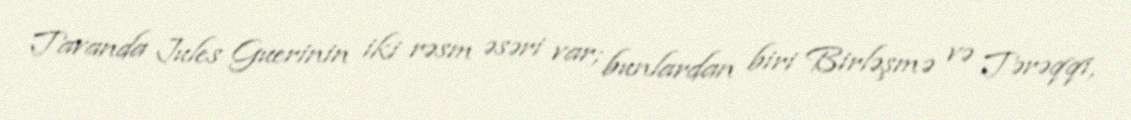
Tavanda Jules Guerinin iki rəsm əsəri var; bunlardan biri Birləşmə və Tərəqqi,